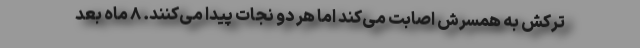
ترکش به همسرش اصابت می‌کند اما هر دو نجات پیدا می‌کنند. ۸ ماه بعد